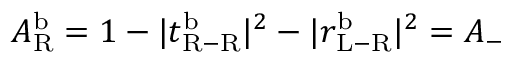
A _ { \mathrm { R } } ^ { \mathrm { b } } = 1 - | t _ { \mathrm { R - R } } ^ { \mathrm { b } } | ^ { 2 } - | r _ { \mathrm { L - R } } ^ { \mathrm { b } } | ^ { 2 } = A _ { - }